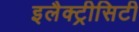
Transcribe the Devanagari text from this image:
इलैक्‍ट्रीसिटी